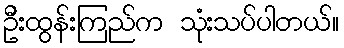
ဦးထွန်းကြည်က သုံးသပ်ပါတယ်။